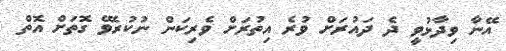
އޭނާ ވިދާޅުވީ ދެ ދައުރަށް ވުރެ އިތުރަށް ވެރިކަން ނުކުރެވޭ ގޮތަށް އޮތް